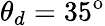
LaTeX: \theta_{d}=35^{\mathrm{o}}